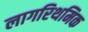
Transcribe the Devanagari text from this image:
लागरिथमिक